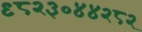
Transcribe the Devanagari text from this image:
९८२३०४४२८२